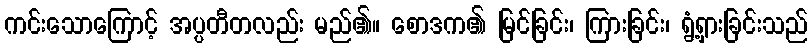
ကင်းသောကြောင့် အပ္ပတီတလည်း မည်၏။ စောဒက၏ မြင်ခြင်း၊ ကြားခြင်း၊ ရွံ့ရှားခြင်းသည်